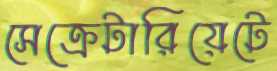
সেক্রেটারিয়েটে